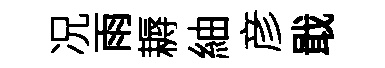
况雨耨紬彦戢